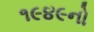
૧૯૪૯નો